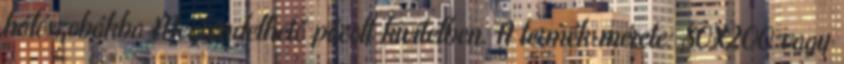
hálószobákba Megrendelhető pácolt kivitelben. A termék mérete: 80X200 vagy